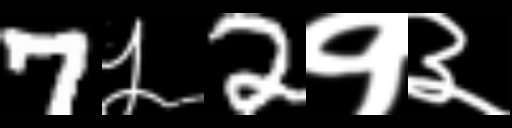
Text: 7५2१३